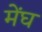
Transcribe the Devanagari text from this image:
मेंघ